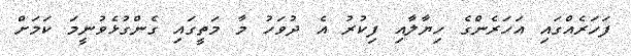
ފަހަރެއްގައި އަހަރެންގެ ހިޔާލާއި ފިކުރު އެ ދުވަހު މާ މަތީގައި ގެންގުޅެވުނީމަ ކަމަށް